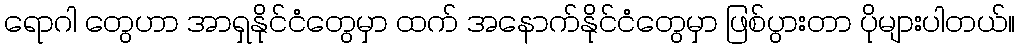
ရောဂါ တွေဟာ အာရှနိုင်ငံတွေမှာ ထက် အနောက်နိုင်ငံတွေမှာ ဖြစ်ပွားတာ ပိုများပါတယ်။